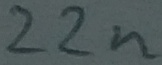
Text: 22n